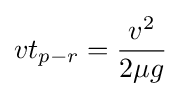
vt_{p-r}={\frac {v^{2}}{2\mu g}}